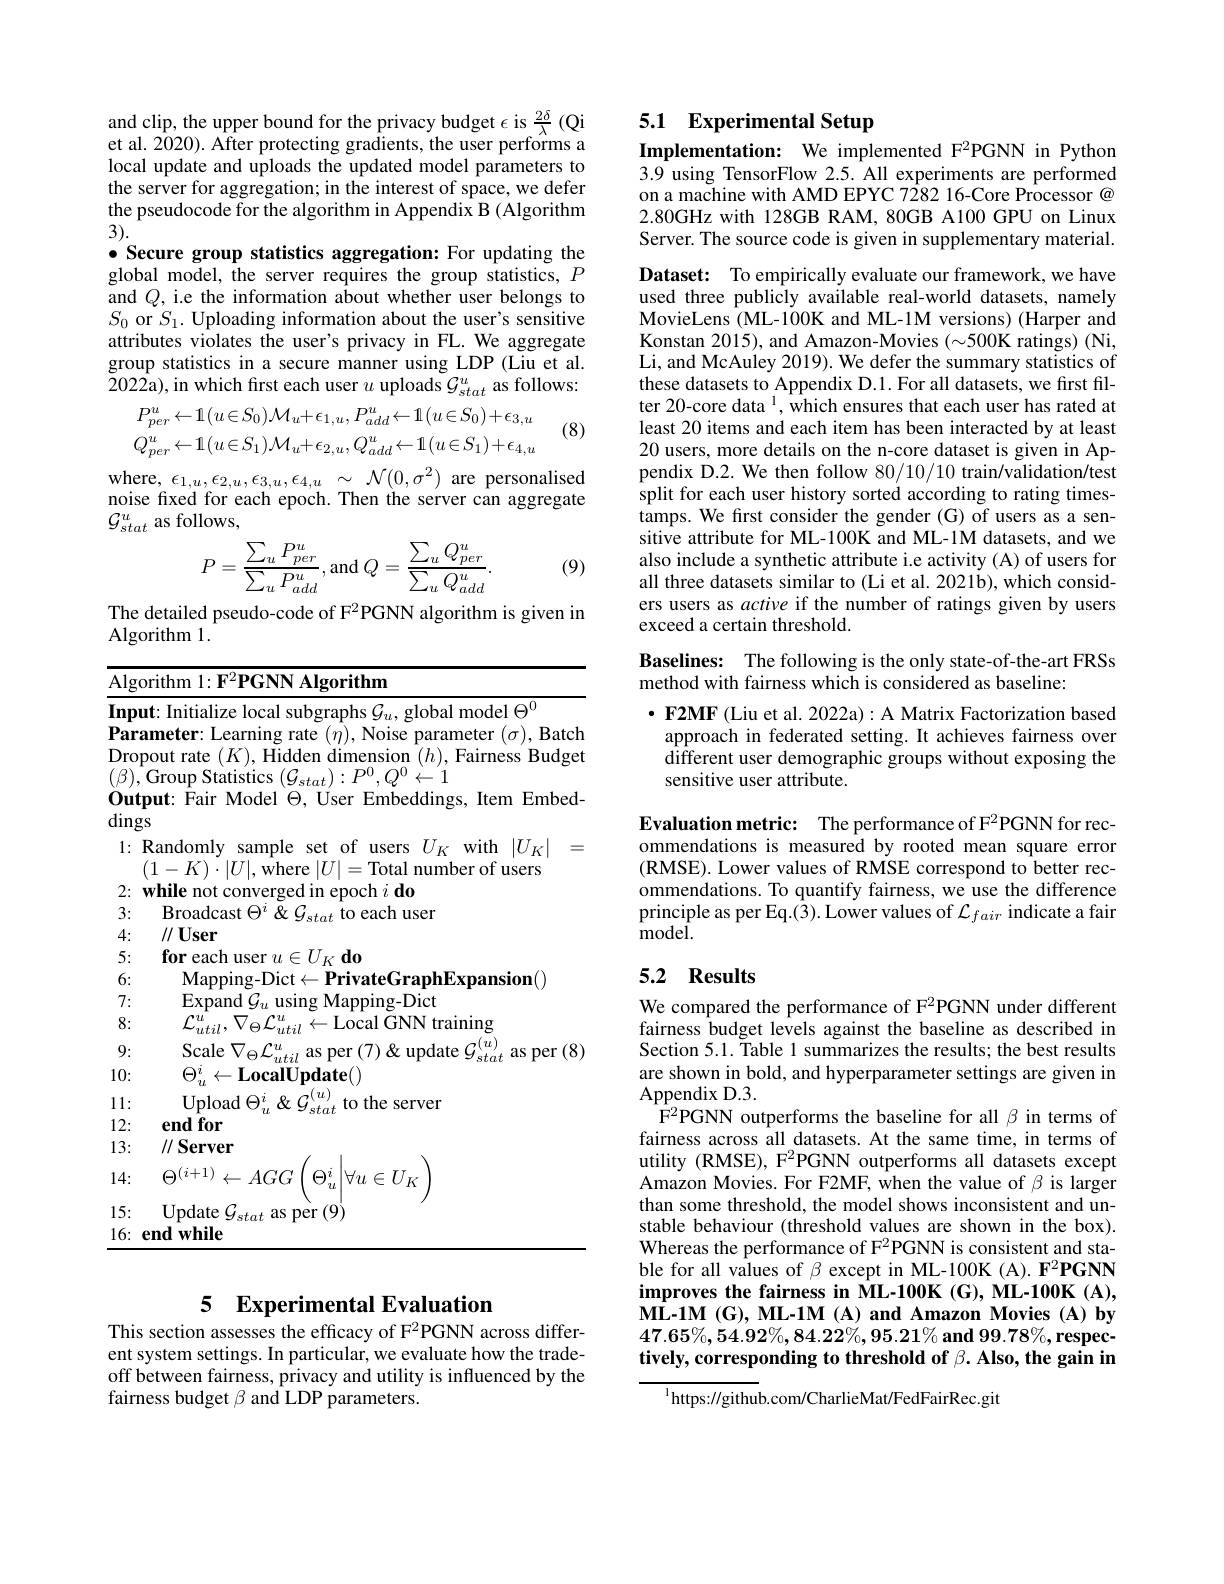
and clip, the upper bound for the privacy budget $\epsilon$ is \frac{2\delta}{\lambda} (Qi et al. 2020). After protecting gradients, the user performs a

local update and uploads the updated model parameters to the server for aggregation; in the interest of space, we defer the pseudocode for the algorithm in Appendix B (Algorithm 3).
$\bullet$ Secure group statistics aggregation: For updating the global model, the server requires the group statistics, $P$ and $Q$, i.e the information about whether user belongs to $S_{0}$ or $S_1.$ Uploading information about the user's sensitive attributes violates the user's privacy in FL. We aggregate group statistics in a secure manner using LDP (Liu et al. 2022a), in which first each user $u$ uploads $\mathcal{G}_stat^u$ as follows:

(8)
$$P_{per}^{u}\leftarrow1(u\in S_{0})\mathcal{M}_{u}+\epsilon_{1,u},P_{add}^{u}\leftarrow1(u\in S_{0})+\epsilon_{3,u}\\Q_{per}^{u}\leftarrow1(u\in S_{1})\mathcal{M}_{u}+\epsilon_{2,u},Q_{add}^{u}\leftarrow1(u\in S_{1})+\epsilon_{4,u}$$
$\begin{array}{ll}\mathrm{where,~}\epsilon_{1,u},\epsilon_{2,u},\epsilon_{3,u},\epsilon_{4,u}&\sim~\mathcal{N}(0,\sigma^{2})~\mathrm{are~personalised}\\\mathrm{noise~fixed~for~each~epoch.~Then~the~server~can~aggregate}\end{array}$
$\mathcal{G}_{stat}^u$ as follows,
$$P=\frac{\sum_{u}P_{per}^{u}}{\sum_{u}P_{add}^{u}},\mathrm{and}Q=\frac{\sum_{u}Q_{per}^{u}}{\sum_{u}Q_{add}^{u}}.$$
(9)

The detailed pseudo-code of F2PGNN algorithm is given in
Algorithm 1.

<table>
	<tbody>
		<tr>
			<td>$\overline{\mathrm{Alg}}$ $\left(\frac{1}{2}\right)$</td>
			<td>$\log_{0}$rithm 11</td>
		</tr>
		<tr>
			<td>Inp T 1 - 1 1</td>
			<td>$\Delta^{0.}$</td>
		</tr>
		<tr>
			<td>Par 1 Dro $(\beta)$ $0u1$</td>
			<td>$\textbf{rameter: Learning rate }( \eta ) $,Noise parameter $(\sigma)$,Batch pout rate $(K)$,Hidden dimension $(h)$,Fairness Budget ,Group Statistics $(\mathcal{G}_stat):P^{0},Q^{0}\leftarrow1$ tput: Fair Model $\Theta$, User Embeddings, Item Embed</td>
		</tr>
		<tr>
			<td>1. T</td>
			<td>$(1-K)\cdot|U|$,where $|U|=$Total number of users</td>
		</tr>
		<tr>
			<td>2: 1 1 $\frac{1}{2}=\frac{1}{2}$</td>
			<td>while not epoch $i$ do</td>
		</tr>
		<tr>
			<td>3:</td>
			<td>Broadcast $\Theta^{\circ}$ $Xr$ to each user</td>
		</tr>
		<tr>
			<td>4: 、 1</td>
			<td>$I/U\mathbf{ser}$</td>
		</tr>
		<tr>
			<td>5:</td>
			<td>for each t llset $U_{K}$d0</td>
		</tr>
		<tr>
			<td>6:</td>
			<td>Man $r_{-}|f|cf$ Pris $\mathbf{fe(rra}$ phExnansion(</td>
		</tr>
		<tr>
			<td>7:</td>
			<td>Fxnand $1/(i$ Manning-Dict 1cins</td>
		</tr>
		<tr>
			<td>8:</td>
			<td>$•u$ $\cdot u$ GNN training util til $m_{\mathrm{e}}$ 'al</td>
		</tr>
		<tr>
			<td>9:</td>
			<td>$(u)$ vrale llmdate as Mpt $X$</td>
		</tr>
		<tr>
			<td>10:</td>
			<td>$\Theta_{u}^{i}$ $\leftarrow\mathbf{LocalUpdate}()$</td>
		</tr>
		<tr>
			<td>1 $11\cdot$ T</td>
			<td>$\Theta^{i}$ $(u$ $|n|$nlad server</td>
		</tr>
		<tr>
			<td>12:</td>
			<td>end for</td>
		</tr>
		<tr>
			<td>13:</td>
			<td>$/ / \textbf{Server}$</td>
		</tr>
		<tr>
			<td></td>
			<td>$\Theta^{(i+1)}\leftarrow AGG$ $\Theta^{i}$ $\forall u\in U_{K}$</td>
		</tr>
		<tr>
			<td>15: </td>
			<td>Undate per</td>
		</tr>
		<tr>
			<td>16: </td>
			<td>end $\textbf{l}\mathbf{while}$</td>
		</tr>
	</tbody>
</table>

## 5 Experimental Evaluation

This section assesses the efficacy of F$^2$PGNN across different system settings. In particular, we evaluate how the tradeoff between fairness, privacy and utility is influenced by the fairness budget $\beta$ and LDP parameters.

# 5.1 Experimental Setup

Implementation: We implemented F$^{2}$PGNN in Python 3.9 using TensorFlow 2.5. All experiments are performed on a machine with AMD EPYC 7282 16-Core Processor @ 2.80GHz with 128GB RAM, 80GB A100 GPU on Linux Server. The source code is given in supplementary material.

Dataset: To empirically evaluate our framework, we have used three publicly available real-world datasets, namely MovieLens (ML-100K and ML-1M versions) (Harper and Konstan 2015), and Amazon-Movies $(\sim500$K ratings) (Ni, Li, and McAuley 2019). We defer the summary statistics of these datasets to Appendix D.1. For all datasets, we first filter 20-core data $^{1}$, which ensures that each user has rated at least 20 items and each item has been interacted by at least 20 users, more details on the n-core dataset is given in Appendix D.2. We then follow 80/10/10 train/validation/test split for each user history sorted according to rating timestamps. We first consider the gender (G) of users as a sensitive attribute for ML-100K and ML-1M datasets, and we also include a synthetic attribute i.e activity (A) of users for all three datasets similar to (Li et al. 2021b), which considers users as active if the number of ratings given by users exceed a certain threshold.

## Baselines: The following is the only state-of-the-art FRSs method with fairness which is considered as baseline:

$\cdot$ F2MF (Liu et al. 2022a): A Matrix Factorization based
approach in federated setting. It achieves fairness over different user demographic groups without exposing the sensitive user attribute.

Evaluation metric: The performance of F$^2$PGNN for recommendations is measured by rooted mean square error (RMSE). Lower values of RMSE correspond to better recommendations. To quantify fairness, we use the difference principle as per Eq.(3). Lower values of $\mathcal{L}_fair$ indicate a fair ${\mathrm{model}}.$

## 5.2 Results

We compared the performance of F$^2$PGNN under different fairness budget levels against the baseline as described in Section 5.1. Table 1 summarizes the results; the best results are shown in bold, and hyperparameter settings are given in Appendix D.3.
F2PGNN outperforms the baseline for all $\beta$ in terms of fairness across all datasets. At the same time, in terms of utility (RMSE), F$^2$PGNN outperforms all datasets except Amazon Movies. For F2MF, when the value of \beta is larger than some threshold, the model shows inconsistent and unstable behaviour (threshold values are shown in the box). Whereas the performance of F$^2$PGNN is consistent and stable for all values of $\beta$ except in ML-100K (A). F2PGNN improves the fairness in ML-100K(G), ML-100K(A), ML- 1M ( G) , ML- 1M ( A) and Amazon Movies ( A) by $47.65\%,54.92\%,84.22\%,95.21\%$and $99.78\%$,respectively, corresponding to threshold of $\beta . \textbf{Also, the gain in}$

$^{1}$https://github.com/CharlieMat/FedFairRec.git